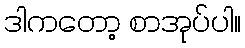
ဒါကတော့ စာအုပ်ပါ။